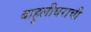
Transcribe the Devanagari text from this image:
बाहुलीघराची